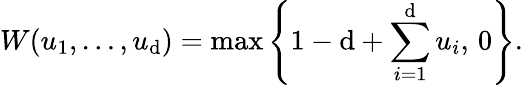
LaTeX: W(u_{1},\ldots,u_{\mathrm{d}})=\operatorname*{max}\left\{ 1-\mathrm{d}+\sum_{i=1}^{\mathrm{d}}{u_{i}},\, 0\right\} .